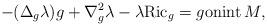
LaTeX: \begin{align*}-(\Delta_g \lambda)g + \nabla^2_g\lambda-\lambda {\rm Ric}_g=g{\rm on}{\rm int}\, M,\end{align*}